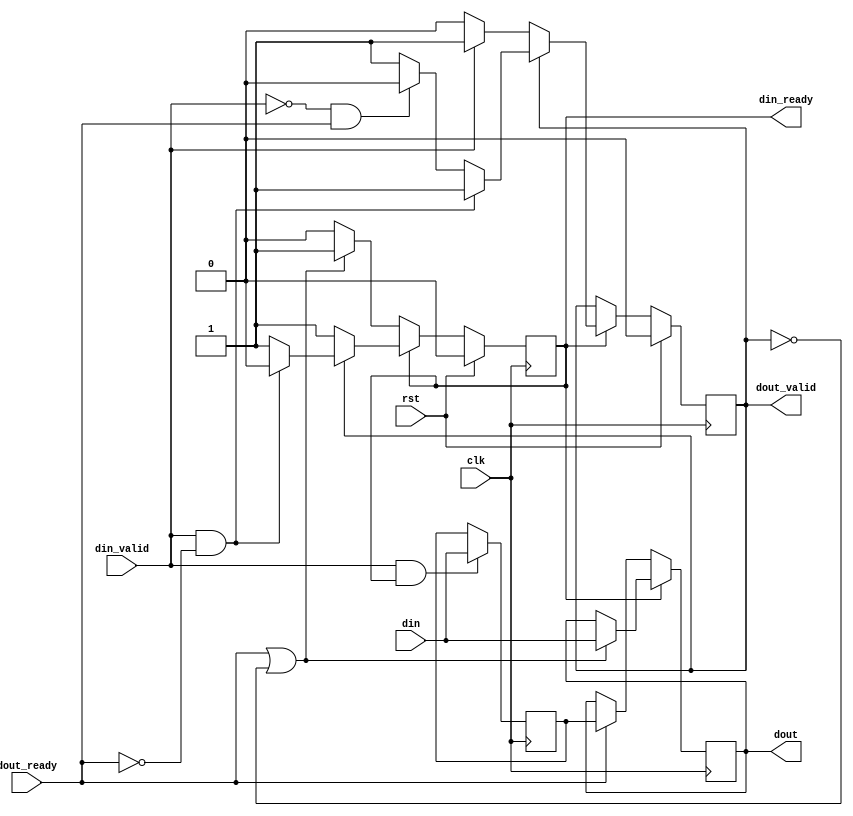
/*

Copyright (c) 2023 Moein Khazraee
Copyright (c) 2014-2018 Alex Forencich

Permission is hereby granted, free of charge, to any person obtaining a copy
of this software and associated documentation files (the "Software"), to deal
in the Software without restriction, including without limitation the rights
to use, copy, modify, merge, publish, distribute, sublicense, and/or sell
copies of the Software, and to permit persons to whom the Software is
furnished to do so, subject to the following conditions:

The above copyright notice and this permission notice shall be included in
all copies or substantial portions of the Software.

THE SOFTWARE IS PROVIDED "AS IS", WITHOUT WARRANTY OF ANY KIND, EXPRESS OR
IMPLIED, INCLUDING BUT NOT LIMITED TO THE WARRANTIES OF MERCHANTABILITY
FITNESS FOR A PARTICULAR PURPOSE AND NONINFRINGEMENT. IN NO EVENT SHALL THE
AUTHORS OR COPYRIGHT HOLDERS BE LIABLE FOR ANY CLAIM, DAMAGES OR OTHER
LIABILITY, WHETHER IN AN ACTION OF CONTRACT, TORT OR OTHERWISE, ARISING FROM,
OUT OF OR IN CONNECTION WITH THE SOFTWARE OR THE USE OR OTHER DEALINGS IN
THE SOFTWARE.

*/

// Language: Verilog 2001

`resetall
`timescale 1ns / 1ps
`default_nettype none

module pipe_register #(
  parameter WIDTH = 8,
  // 0 to bypass, 1 for simple buffer, 2 for skid buffer
  parameter TYPE  = 2
) (
  input  wire             clk,
  input  wire             rst,

  input  wire             din_valid,
  input  wire [WIDTH-1:0] din,
  output wire             din_ready,

  output wire             dout_valid,
  output wire [WIDTH-1:0] dout,
  input  wire             dout_ready
);

  if (TYPE > 1) begin // Skid buffer, practically a 2 element FIFO

    // Since dout_valid=!empty and din_ready=!full, their negate version
    // are used to make those signals registered without the not
    reg n_empty, n_full;

    // Two registers to buffer the data
    reg [WIDTH-1:0] dout_reg;
    reg [WIDTH-1:0] tmp_reg;

    always @ (posedge clk) begin
      if (rst) begin
        // Using the error state of both full and empty to detect cycle after reset
        // We don't want the din_ready to stay 1 during rst
        n_full  <= 1'b0; // full  <= 1'b1;
        n_empty <= 1'b0; // empty <= 1'b1;
      end else begin
        if (!n_full) begin // if (full)
          // ** both full and empty can only happen the cycle after reset
          if (dout_ready || !n_empty)
            n_full <= 1'b1; // full <= 1'b0;
        end else if (!n_empty) begin // if (empty)
          if (din_valid)
            n_empty <= 1'b1; // empty <= 1'b0;
        end else begin
          if (din_valid && !dout_ready)
            n_full  <= 1'b0; // full <= 1'b1;
          else if (!din_valid && dout_ready)
            n_empty <= 1'b0; // empty <= 1'b1;
        end
      end
    end

    always @ (posedge clk) begin
      if (!n_full) begin // if (full)
        if (dout_ready)
          dout_reg <= tmp_reg;
      end else begin
        // Can check for din_valid, but without it dout_valid won't be asserted
        if (dout_ready || !n_empty) // (dout_ready || empty)
          dout_reg <= din;
      end

      // Always load tmp_reg from input if there was a transaction,
      // to simplify the overall logic, even if not used
      if (din_valid && din_ready)
        tmp_reg <= din;
    end

    assign dout       = dout_reg;
    assign dout_valid = n_empty;
    assign din_ready  = n_full;

  end else if (TYPE == 1) begin // Simple buffer, inserts bubble cycle

    reg empty, full;
    reg [WIDTH-1:0] dout_reg;

    always @(posedge clk) begin
        if (rst) begin
          empty  <= 1'b0;
          full   <= 1'b0;
        end else if (full && dout_ready) begin
          full   <= 1'b0;
          empty  <= 1'b1;
        end else if (empty) begin
          full   <=  din_valid;
          empty  <= !din_valid; // To become 1 the cycle after rst
        end

        // Can check for din_valid, but without it dout_valid won't be asserted
        if (empty)
            dout_reg <= din;
    end

    assign dout_valid = full;
    assign din_ready  = empty;
    assign dout       = dout_reg;

  end else begin // Bypass

    assign dout       = din;
    assign dout_valid = din_valid;
    assign din_ready  = dout_ready;

  end

endmodule


module axis_register #(
  // Width of AXI stream interfaces in bits
  parameter DATA_WIDTH = 8,
  // Propagate tkeep signal
  parameter KEEP_ENABLE = (DATA_WIDTH>8),
  // tkeep signal width (words per cycle)
  parameter KEEP_WIDTH = ((DATA_WIDTH+7)/8),
  // Propagate tlast signal
  parameter LAST_ENABLE = 1,
  // Propagate tid signal
  parameter ID_ENABLE = 0,
  // tid signal width
  parameter ID_WIDTH = 8,
  // Propagate tdest signal
  parameter DEST_ENABLE = 0,
  // tdest signal width
  parameter DEST_WIDTH = 8,
  // Propagate tuser signal
  parameter USER_ENABLE = 1,
  // tuser signal width
  parameter USER_WIDTH = 1,
  // 0 to bypass, 1 for simple buffer, 2 for skid buffer
  parameter REG_TYPE = 2
) (
  input  wire                  clk,
  input  wire                  rst,

  /*
   * AXI input
   */
  input  wire [DATA_WIDTH-1:0] s_axis_tdata,
  input  wire [KEEP_WIDTH-1:0] s_axis_tkeep,
  input  wire                  s_axis_tvalid,
  output wire                  s_axis_tready,
  input  wire                  s_axis_tlast,
  input  wire [ID_WIDTH-1:0]   s_axis_tid,
  input  wire [DEST_WIDTH-1:0] s_axis_tdest,
  input  wire [USER_WIDTH-1:0] s_axis_tuser,

  /*
   * AXI output
   */
  output wire [DATA_WIDTH-1:0] m_axis_tdata,
  output wire [KEEP_WIDTH-1:0] m_axis_tkeep,
  output wire                  m_axis_tvalid,
  input  wire                  m_axis_tready,
  output wire                  m_axis_tlast,
  output wire [ID_WIDTH-1:0]   m_axis_tid,
  output wire [DEST_WIDTH-1:0] m_axis_tdest,
  output wire [USER_WIDTH-1:0] m_axis_tuser
);

  // Merge AXIS data signals
  localparam KEEP_OFFSET = DATA_WIDTH;
  localparam LAST_OFFSET = KEEP_OFFSET + (KEEP_ENABLE ? KEEP_WIDTH : 0);
  localparam ID_OFFSET   = LAST_OFFSET + (LAST_ENABLE ? 1          : 0);
  localparam DEST_OFFSET = ID_OFFSET   + (ID_ENABLE   ? ID_WIDTH   : 0);
  localparam USER_OFFSET = DEST_OFFSET + (DEST_ENABLE ? DEST_WIDTH : 0);
  localparam WIDTH       = USER_OFFSET + (USER_ENABLE ? USER_WIDTH : 0);

  wire [WIDTH-1:0] s_axis,  m_axis;
  wire             s_valid, m_valid;
  wire             s_ready, m_ready;

  generate
    assign s_axis[DATA_WIDTH-1:0] = s_axis_tdata;
    if (KEEP_ENABLE) assign s_axis[KEEP_OFFSET +: KEEP_WIDTH] = s_axis_tkeep;
    if (LAST_ENABLE) assign s_axis[LAST_OFFSET]               = s_axis_tlast;
    if (ID_ENABLE)   assign s_axis[ID_OFFSET   +: ID_WIDTH]   = s_axis_tid;
    if (DEST_ENABLE) assign s_axis[DEST_OFFSET +: DEST_WIDTH] = s_axis_tdest;
    if (USER_ENABLE) assign s_axis[USER_OFFSET +: USER_WIDTH] = s_axis_tuser;
  endgenerate

  assign m_axis_tdata = m_axis[DATA_WIDTH-1:0];
  assign m_axis_tkeep = KEEP_ENABLE ? m_axis[KEEP_OFFSET +: KEEP_WIDTH] : {KEEP_WIDTH{1'b1}};
  assign m_axis_tlast = LAST_ENABLE ? m_axis[LAST_OFFSET]               : 1'b1;
  assign m_axis_tid   = ID_ENABLE   ? m_axis[ID_OFFSET   +: ID_WIDTH]   : {ID_WIDTH{1'b0}};
  assign m_axis_tdest = DEST_ENABLE ? m_axis[DEST_OFFSET +: DEST_WIDTH] : {DEST_WIDTH{1'b0}};
  assign m_axis_tuser = USER_ENABLE ? m_axis[USER_OFFSET +: USER_WIDTH] : {USER_WIDTH{1'b0}};

  assign s_valid       = s_axis_tvalid;
  assign m_ready       = m_axis_tready;
  assign m_axis_tvalid = m_valid;
  assign s_axis_tready = s_ready;

  // Seperate source and destination to enable assigning to pblocks accross SLR boundary
  pipe_register #(
    .WIDTH(WIDTH),
    .TYPE(REG_TYPE)
  ) internal_register (
    .clk        (clk),
    .rst        (rst),

    .din        (s_axis),
    .din_valid  (s_valid),
    .din_ready  (s_ready),

    .dout       (m_axis),
    .dout_valid (m_valid),
    .dout_ready (m_ready)
  );

endmodule

`resetall